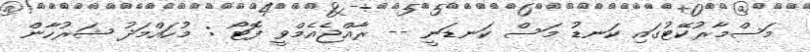
މަސްމާރުކޭޓުގައި ކަނޑު މަސް ކަނޑަނީ -- ރާއްޖެއެމްވީ ފޮޓޯ : މުހައްމަދު ޝަރުހާން